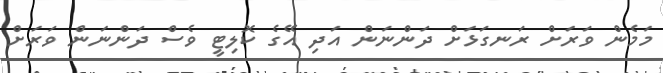
މަމެން ވަރަށް ރަނގަޅަށް ދަންނަން އަދި އޭގެ ކޮލިޓީ ވެސް ދަންނަން ވަރަށް